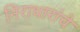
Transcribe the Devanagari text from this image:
निराधारांचे